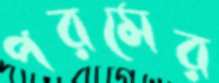
পরমের